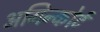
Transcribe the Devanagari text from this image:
अगिन्कोर्ट